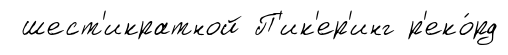
шест'икратной П'ик'ер'инг р'еко́рд